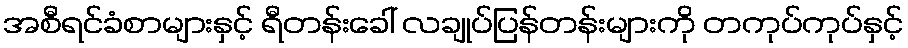
အစီရင်ခံစာများနှင့် ရီတန်းခေါ် လချုပ်ပြန်တန်းများကို တကုပ်ကုပ်နှင့်